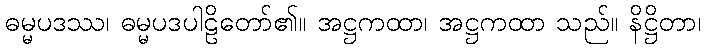
ဓမ္မပဒဿ၊ ဓမ္မပဒပါဠိတော်၏။ အဋ္ဌကထာ၊ အဋ္ဌကထာ သည်။ နိဋ္ဌိတာ၊